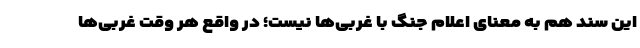
این سند هم به معنای اعلام جنگ با غربی‌ها نیست؛ در واقع هر وقت غربی‌ها